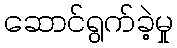
ဆောင်ရွက်ခဲ့မှု